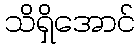
သိရှိအောင်